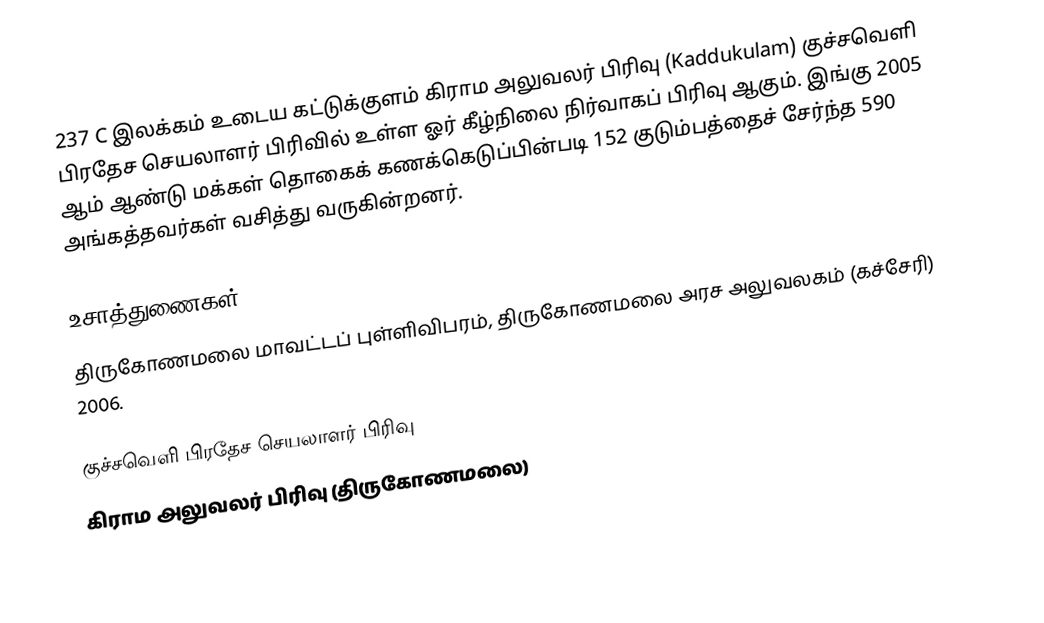
237 C இலக்கம் உடைய கட்டுக்குளம் கிராம அலுவலர் பிரிவு (Kaddukulam) குச்சவெளி பிரதேச செயலாளர் பிரிவில் உள்ள ஓர் கீழ்நிலை நிர்வாகப் பிரிவு ஆகும். இங்கு 2005 ஆம் ஆண்டு மக்கள் தொகைக் கணக்கெடுப்பின்படி 152 குடும்பத்தைச் சேர்ந்த 590 அங்கத்தவர்கள் வசித்து வருகின்றனர்.

உசாத்துணைகள்
திருகோணமலை மாவட்டப் புள்ளிவிபரம், திருகோணமலை அரச அலுவலகம் (கச்சேரி) 2006.

குச்சவெளி பிரதேச செயலாளர் பிரிவு
கிராம அலுவலர் பிரிவு (திருகோணமலை)